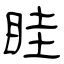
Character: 眭